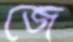
জে